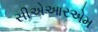
સીએઆરએમ